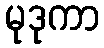
မုဒုကာ